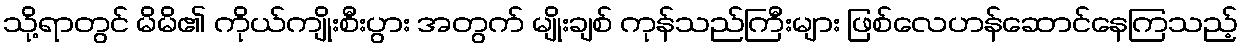
သို့ရာတွင် မိမိ၏ ကိုယ်ကျိုးစီးပွား အတွက် မျိုးချစ် ကုန်သည်ကြီးများ ဖြစ်လေဟန်ဆောင်နေကြသည့်